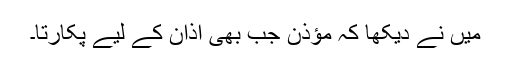
میں نے دیکھا کہ مؤذن جب بھی اذان کے لیے پکارتا۔